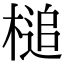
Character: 槌